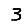
Digit: 3